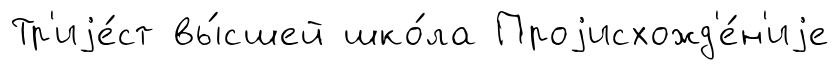
Тр'иjе́ст вы́сшей шко́ла Проjисхожд'е́н'иjе